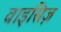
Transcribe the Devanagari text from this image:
वाइसिज़